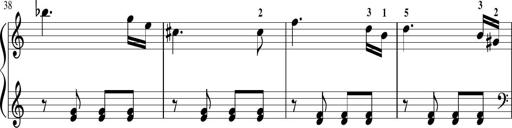
Title: Sonatina in G major
Composer: Friedrich Kuhlau
Key: G major